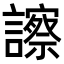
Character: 𧭂